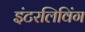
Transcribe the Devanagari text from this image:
इंटरलिविंग